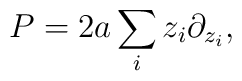
P = 2 a \sum_i z_i \partial_{z_i},